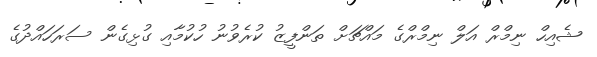
ޝެއިހް ނިމްރް އަލް ނިމްރްގެ މައްޗަށް ތަންފީޒު ކުރެވުނު ހުކުމާއި ގުޅިގެން ސަރަހައްދުގެ